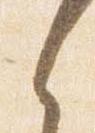
之